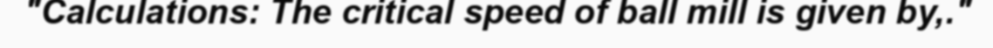
"Calculations: The critical speed of ball mill is given by,."